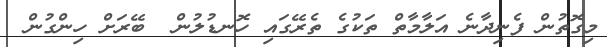
މިގޮތުން ފެނިދާނެ އަލާމާތް ތަކުގެ ތެރޭގައި ހޮނޑުލުން  ބޭރަށް ހިންގުން